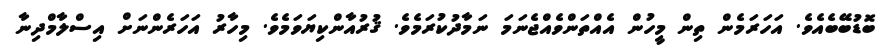
ބޮޑުބޭބެއެވެ. އަހަރަމެން ތިން މީހުން އެއްތަންވެއްޖެނަމަ ނަމާދުކުރަމެވެ. ޤުރުއާންކިޔަވަމެވެ. މިހާރު އަހަރެންނަށް އިސްލާމްދިނާ